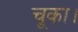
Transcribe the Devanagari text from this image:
चूका।